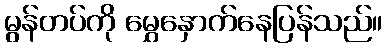
မွန်တပ်ကို မွှေနှောက်နေပြန်သည်။